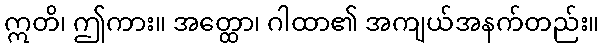
ဣတိ၊ ဤကား။ အတ္ထော၊ ဂါထာ၏ အကျယ်အနက်တည်း။